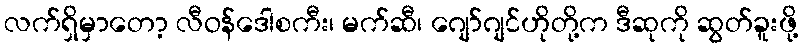
လက်ရှိမှာတော့ လီဝန်ဒေါစကီး၊ မက်ဆီ၊ ဂျော်ဂျင်ဟိုတို့က ဒီဆုကို ဆွတ်ခူးဖို့